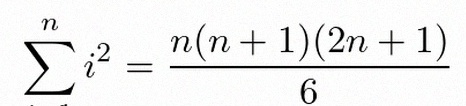
\sum_{i=1}^{n}i^2=\frac{n(n+1)(2n+1)}6